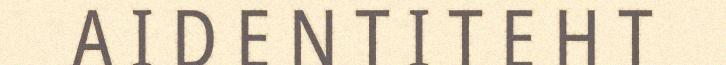
A I D E N T I T E H T